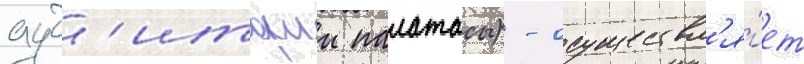
ауд'иторлы палатасы) - осуществл'я́ет